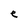
Character: e